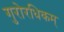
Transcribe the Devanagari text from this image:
गुरोरधिकम्